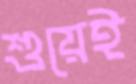
শুয়েই